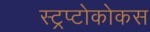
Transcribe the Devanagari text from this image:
स्ट्रप्टोकोकस